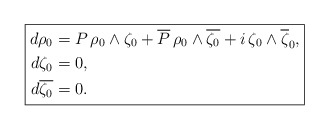
\begin{align*} \boxed{ \aligned d\rho_0 &=P\,\rho_0\wedge\zeta_0+\overline{P}\,\rho_0\wedge\overline{\zeta_0}+i\,\zeta_0\wedge\overline{\zeta}_0,\\d\zeta_0 & = 0,\\d\overline{\zeta_0} & = 0.\endaligned}\end{align*}